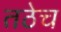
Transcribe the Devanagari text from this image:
तठेच